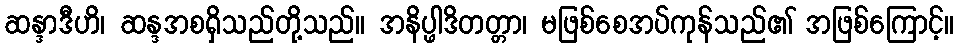
ဆန္ဒာဒီဟိ၊ ဆန္ဒအစရှိသည်တို့သည်။ အနိပ္ဖါဒိတတ္တာ၊ မဖြစ်စေအပ်ကုန်သည်၏ အဖြစ်ကြောင့်။